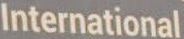
International